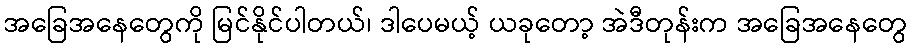
အခြေအနေတွေကို မြင်နိုင်ပါတယ်၊ ဒါပေမယ့် ယခုတော့ အဲဒီတုန်းက အခြေအနေတွေ